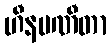
ဟီနပဏီတာ